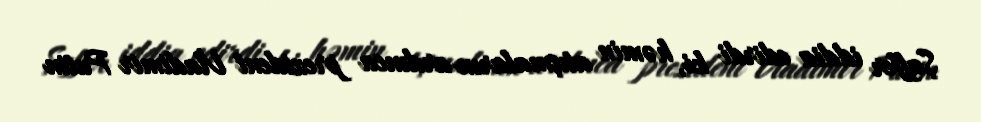
Şaffer iddia edirdi ki, həmin atışmaların ardınca prezident Vladimir Putin